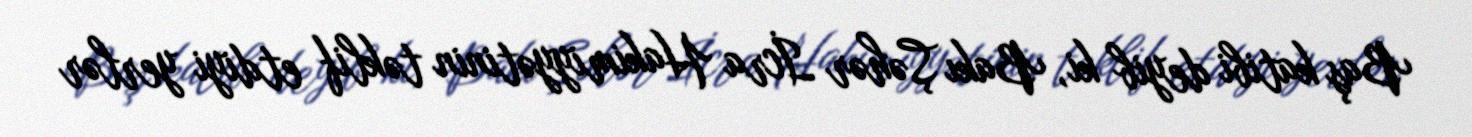
Baş katibi deyib ki, Bakı Şəhər İcra Hakimiyyətinin təklif etdiyi yerlər